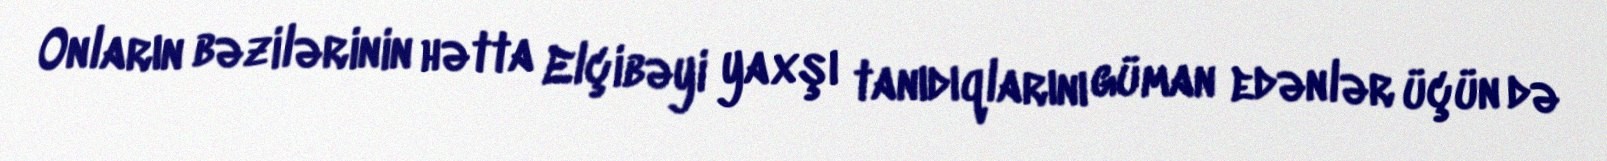
Onların bəzilərinin hətta Elçibəyi yaxşı tanıdıqlarını güman edənlər üçün də